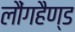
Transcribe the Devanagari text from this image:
लौंगहैण्ड